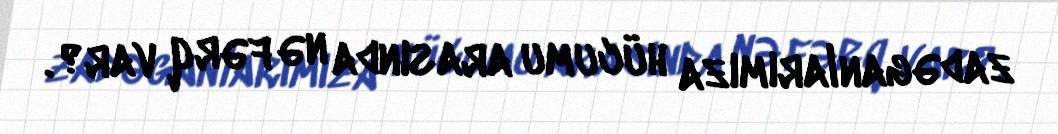
zadəganlarımıza hücumu arasında nə fərq var?.